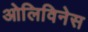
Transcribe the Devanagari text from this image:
ओलिविनेस